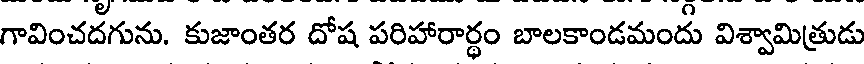
గావించదగును. కుజాంతర దోష పరిహారార్థం బాలకాండమందు విశ్వామిత్రుడు